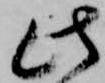
此